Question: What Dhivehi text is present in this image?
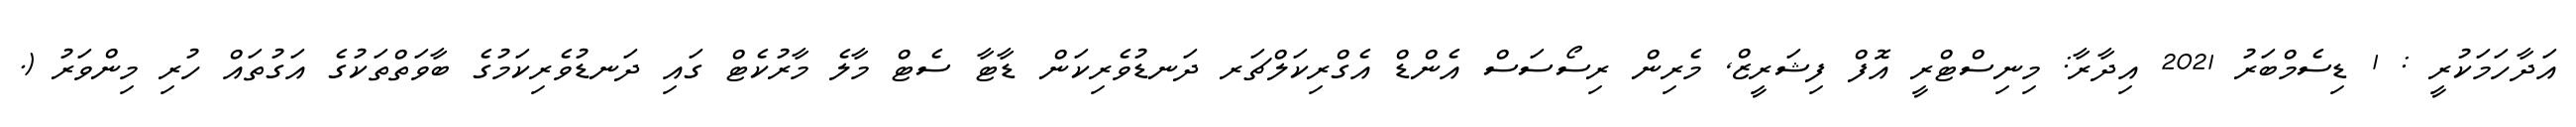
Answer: އަދާހަމަކުރީ : 1 ޑިސެމްބަރު 2021 އިދާރާ: މިނިސްޓްރީ އޮފް ފިޝަރީޒް, މެރިން ރިސޯސަސް އެންޑް އެގްރިކަލްޗަރ ދަނޑުވެރިކަން ޑާޓާ ސެޓް މާލެ މާރުކެޓް ގައި ދަނޑުވެރިކަމުގެ ބާވަތްތަކުގެ އަގުތައް ހުރި މިންވަރު (.